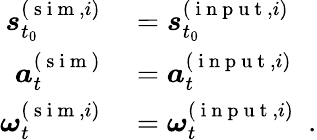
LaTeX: \begin{array}{r}{\begin{array}{rl}{\boldsymbol{s}_{t_{0}}^{(\mathrm{~s~i~m~},i)}}&{{}=\boldsymbol{s}_{t_{0}}^{(\mathrm{~i~n~p~u~t~},i)}}\\ {\boldsymbol{a}_{t}^{(\mathrm{~s~i~m~})}}&{{}=\boldsymbol{a}_{t}^{(\mathrm{~i~n~p~u~t~},i)}}\\ {\boldsymbol{\omega}_{t}^{(\mathrm{~s~i~m~},i)}}&{{}=\boldsymbol{\omega}_{t}^{(\mathrm{~i~n~p~u~t~},i)}\enspace.}\end{array}}\end{array}